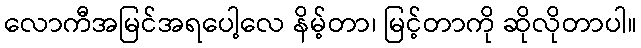
လောကီအမြင်အရပေါ့လေ နိမ့်တာ၊ မြင့်တာကို ဆိုလိုတာပါ။